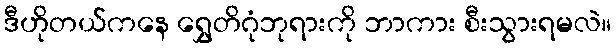
ဒီဟိုတယ်ကနေ ရွှေတိဂုံဘုရားကို ဘာကား စီးသွားရမလဲ။